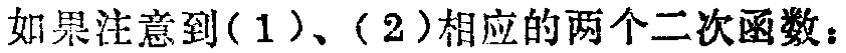
如果注意到(1)、(2)相应的两个二次函数：